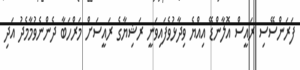
ފަރަންސޭސި ރައީސް އޮލާންޑޭ އިއްޔެ ވިދާޅުވެފައިވަނީ ރަޝިޔާގެ ރައީސަށް މަރްހަބާ ދެންނެވުމާމެދު އަދި